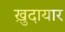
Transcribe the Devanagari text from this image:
ख़ुदायार